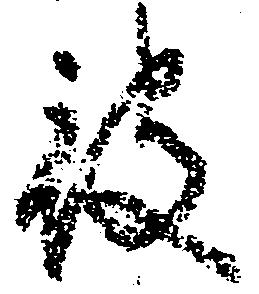
被